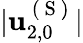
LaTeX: \vert\mathbf{u}_{2,0}^{\mathrm{~(~S~)~}}\vert